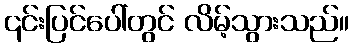
၎င်းပြင်ပေါ်တွင် လိမ့်သွားသည်။